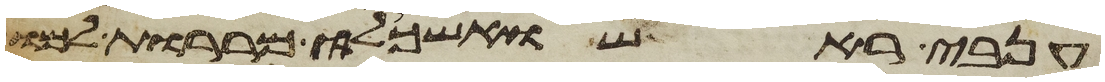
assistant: ענבי ראש ואשכלי מררות למו